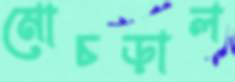
মোচড়াল